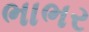
ભાભર